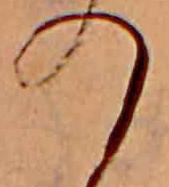
の